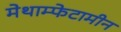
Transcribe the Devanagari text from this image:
मेथाम्फेटामीन